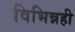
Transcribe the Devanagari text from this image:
विभिन्नही